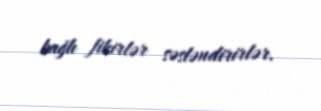
bağlı fikirlər səsləndirirlər.